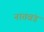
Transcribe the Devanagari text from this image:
नातवंड